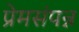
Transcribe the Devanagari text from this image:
प्रेमसंपन्न